Indian journal of veterinary science and animal husbandry - Volumes 18-21, 1948-1951
Year: 1948
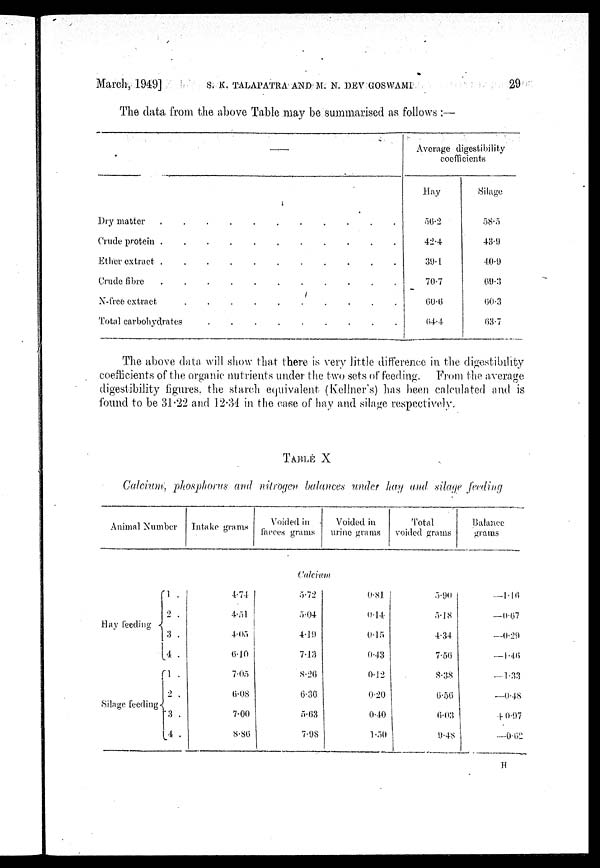
March, 1949] S. K. TALAPATRA AND M. N. DEV GOSWAMI 29
The data from the above Table may be summarised as follows :—
—
Dry matter . . . . . . . . . . .
Crude protein . . . . . . . . . . .
Ether extract . . . . . . . . . . .
Crude fibre . . . . . . . . . . .
N-free extract . . . . . . . . . . .
Total carbohydrates . . . . . . . . . . .
Average digestibility
coefficients
Hay
56. 2
42.4
39.1
70.7
60.6
64.4
Silage
58.5
43.9
40.9
69.3
60.3
63.7
The above data will show that there is very little difference in the digestibility
coefficients of the organic nutrients under the two sets of feeding. From the average
digestibility figures the starch equivalent (Kellner's) has been calculated and is
found to be 31.22 and 12.34 in the case of hay and silage respectively.
TABLE X
Calcium, phosphorus and nitrogen balances under hay and silage feeding
Animal Number
Intake grams
Voided in
faeces grams
Voided in
urine grams
Total
voided grams
Balance
grams
Calcium
Hay feeding
Silage feeding
1 .
2 .
3 .
4 .
1 .
2 .
3 .
4 .
4.74
4.51
4.05
6.10
7.05
6.08
7.00
8.86
5.72
5.04
4.19
7.13
8.26
6.36
5.63
7.98
0.81
0.14
0.15
0.43
0.12
0.20
0.40
1.50
5.90
5.18
4.34
7.56
8.38
6.56
6.03
9.48
—1.16
—0.67
—0.29
—1.46
—1.33
—0.48
+0.97
—0.62